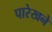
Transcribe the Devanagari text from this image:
पारेखने